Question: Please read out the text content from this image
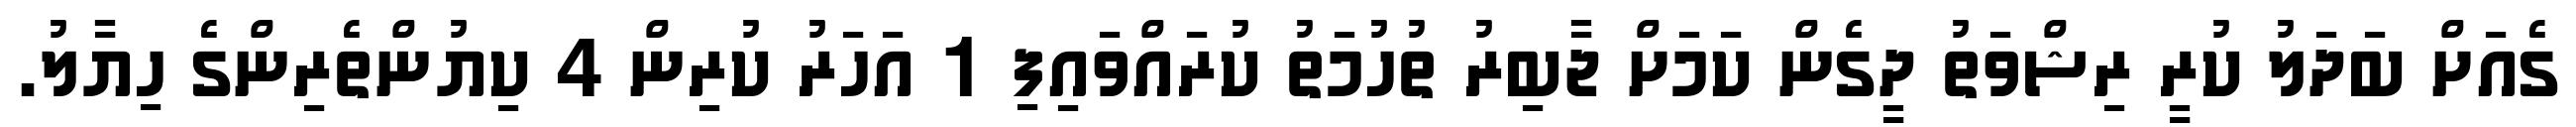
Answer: ގެއަށް ބަދަލު ކުރީ ރިޝްވަތު ދީގެން ކަމަށް ޖާބިރު ތުހުމަތު ކުރައްވައިފި 1 އަހަރު ކުރިން 4 ކިޔުންތެރިންގެ ހިޔާލު.